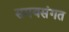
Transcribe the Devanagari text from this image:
समयसंगत